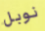
نوبل